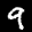
Label: 9